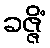
ခဇ္ဇိံ